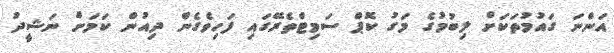
އަންނަ ގައުމުތަކަށް ލިބުމުގެ މަގު ކޮޕް ސަމިޓްތެރޭގައި ފަހިވެގެން ދިއުން ކަމަށް ނަޝީދު